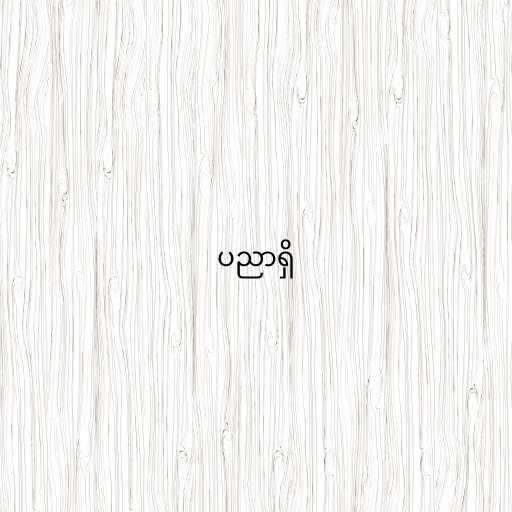
ပညာရှိ